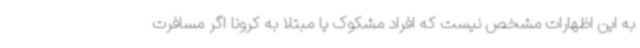
به این اظهارات مشخص نیست که افراد مشکوک یا مبتلا به کرونا اگر مسافرت